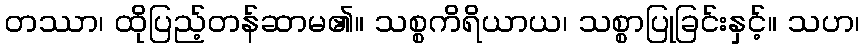
တဿာ၊ ထိုပြည့်တန်ဆာမ၏။ သစ္စကိရိယာယ၊ သစ္စာပြုခြင်းနှင့်။ သဟ၊